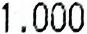
1.000